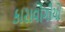
કારાવોગીયો